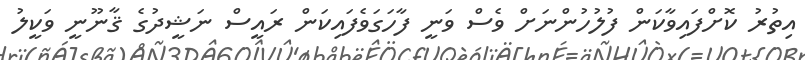
އިތުރު ކޮށްފައިވާކަން ފުލުހުންނަށް ވެސް ވަނީ ފާހަގަވެފައިކަން ރައީސް ނަޝީދުގެ ޤާނޫނީ ވަކީލު